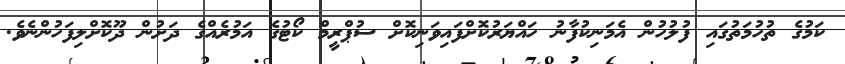
ކަމުގެ ތުހުމަތުގައި ފުލުހުން އެމަނިކުފާނު ހައްޔަރުކޮށްފައިވަނިކޮށް ސުޕްރީމް ކޯޓުގެ އަމުރެއްގެ ދަށުން ދޫކޮށްލިފަހުންނެވެ.